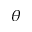
\theta